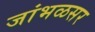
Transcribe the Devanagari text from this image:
जांभळसर